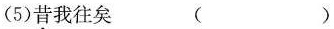
（5）昔我往矣（ ）